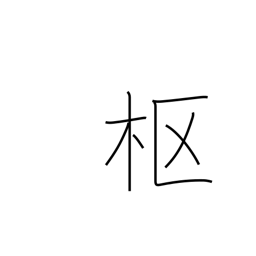
Meaning: center of things